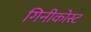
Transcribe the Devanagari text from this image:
गिनीकोस्ट